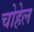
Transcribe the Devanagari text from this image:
चोहेल